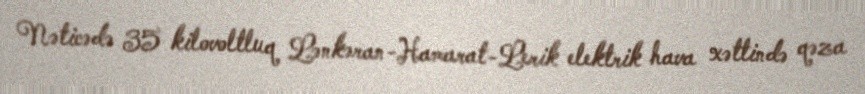
Nəticədə 35 kilovoltluq Lənkəran-Hamarat-Lerik elektrik hava xəttində qəza